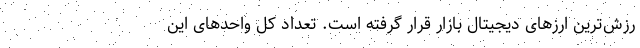
رزش‌ترین ارزهای دیجیتال بازار قرار گرفته است. تعداد کل واحدهای این